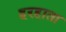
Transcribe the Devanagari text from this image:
हरहाता